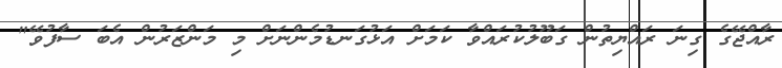
ރާއްޖޭގެ ގިނަ ރައްޔިތުން ގަބޫލުކުރައްވާ ކަމަށް އަޅުގަނޑުމެންނަށް މި މަންޒަރުން އެބަ ސާފުވޭ"